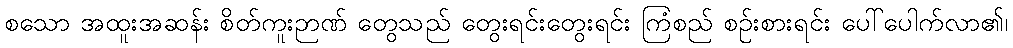
စသော အထူးအဆန်း စိတ်ကူးဉာဏ် တွေသည် တွေးရင်းတွေးရင်း ကြံစည် စဉ်းစားရင်း ပေါ်ပေါက်လာ၏၊